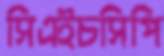
সিএইচসিপি